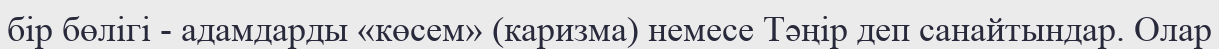
бір бөлігі - адамдарды «көсем» (каризма) немесе Тәңір деп санайтындар. Олар